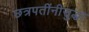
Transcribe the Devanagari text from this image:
छत्रपतींनीसुद्धा